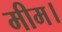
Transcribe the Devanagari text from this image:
मीम।